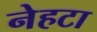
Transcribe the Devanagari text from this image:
नेहटा